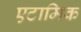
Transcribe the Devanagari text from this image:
एटामिक